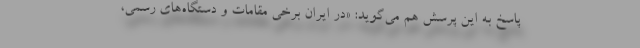
پاسخ به این پرسش هم می‌گوید: «در ایران برخی مقامات و دستگاه‌های رسمی،